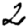
Digit: 2